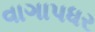
વાગાપધર